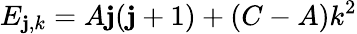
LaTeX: E_{\mathbf{j},k}=A\mathbf{j}(\mathbf{j}+1)+(C-A)k^{2}